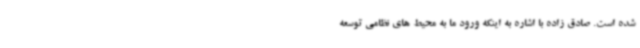
شده است. صادق زاده با اشاره به اینکه ورود ما به محیط های نظامی توسعه